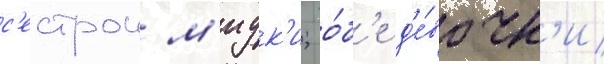
с'естрои м'иук'и; о́б'е д'е́вочк'и